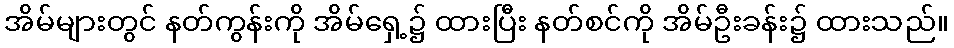
အိမ်များတွင် နတ်ကွန်းကို အိမ်ရှေ့၌ ထားပြီး နတ်စင်ကို အိမ်ဦးခန်း၌ ထားသည်။